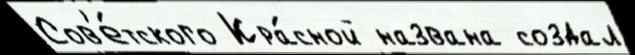
Сов'е́тского Кра́сной названа создал